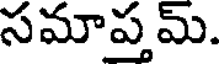
సమాప్తమ్.